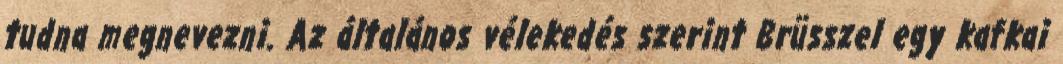
tudna megnevezni. Az általános vélekedés szerint Brüsszel egy kafkai